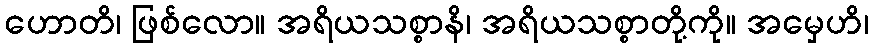
ဟောတိ၊ ဖြစ်လော။ အရိယသစ္စာနိ၊ အရိယသစ္စာတို့ကို။ အမှေဟိ၊